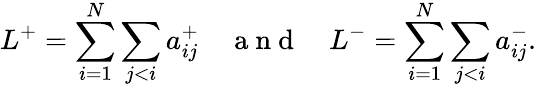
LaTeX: L^{+}=\sum_{i=1}^{N}\sum_{j<i}a_{ij}^{+}\quad\mathrm{~a~n~d~}\quad L^{-}=\sum_{i=1}^{N}\sum_{j<i}a_{ij}^{-}.